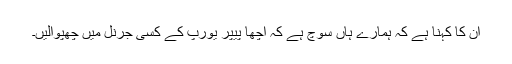
اُن کا کہنا ہے کہ ہمارے ہاں سوچ ہے کہ اچھا پیپر یورپ کے کسی جرنل میں چھپوالیں۔